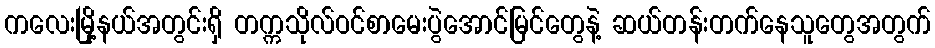
ကလေးမြို့နယ်အတွင်းရှိ တက္ကသိုလ်ဝင်စာမေးပွဲအောင်မြင်တွေနဲ့ ဆယ်တန်းတက်နေသူတွေအတွက်